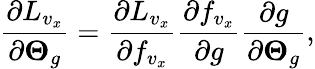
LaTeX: \frac{\partial L_{v_{x}}}{\partial\boldsymbol{\Theta}_{g}}=\frac{\partial L_{v_{x}}}{\partial f_{v_{x}}}\frac{\partial f_{v_{x}}}{\partial g}\frac{\partial g}{\partial\boldsymbol{\Theta}_{g}},